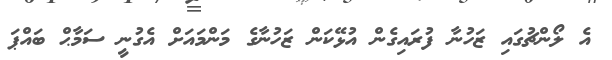
އެ ލޯންޗުގައި ޒަހުނާ ފުރައިގެން އުޅޭކަން ޒަހުނާގެ މަންމައަށް އެގުނީ ސަމާޙް ބައްޕަ